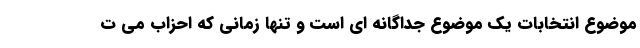
موضوع انتخابات یک موضوع جداگانه ای است و تنها زمانی که احزاب می ت